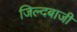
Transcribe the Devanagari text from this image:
जिल्दबाजी